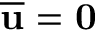
\mathbf { \overline { { u } } = 0 }